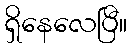
ရှိနေလေပြီ။